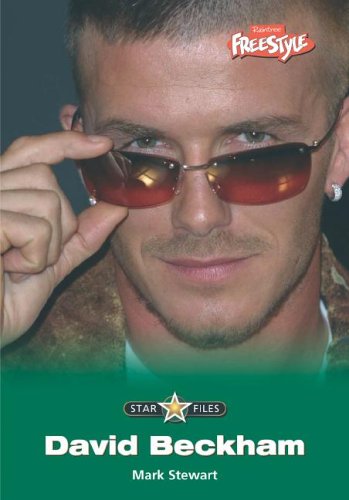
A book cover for David Beckham (Star Files); Paul Harrison; Teen & Young Adult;